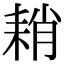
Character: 𦓴